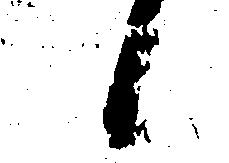
候